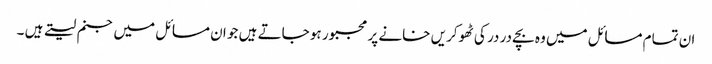
ان تمام مسائل میں وہ بچے در در کی ٹھوکریں خانے پر مجبور ہو جاتے ہیں جو ان مسائل میں جنم لیتے ہیں ۔